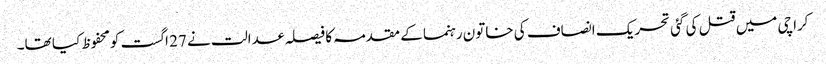
کراچی میں قتل کی گئی تحریک انصاف کی خاتون رہنما کے مقدمہ کا فیصلہ عدالت نے 27 اگست کومحفوظ کیا تھا۔